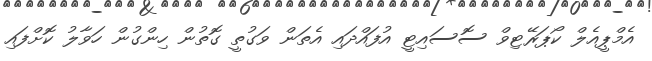
އެމްޕީއެލް ކޯޕަރޭޓިވް ސޮސައިޓީ އުފައްދައި އެތަން ވަގުތީ ގޮތުން ހިންގުން ހަވާލު ކޮށްފައި